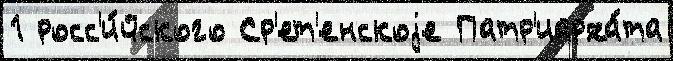
1 росс'и́йского Ср'ет'енскоjе Патр'иарха́та